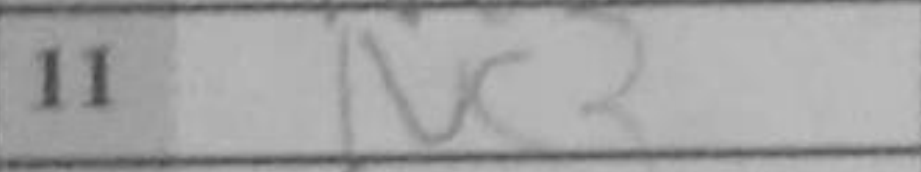
Transcription: Nc3